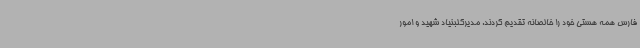
فارس همه هستی خود را خالصانه تقدیم کردند. مدیرکلبنیاد شهید و امور